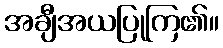
အချီအယပြုကြ၏။